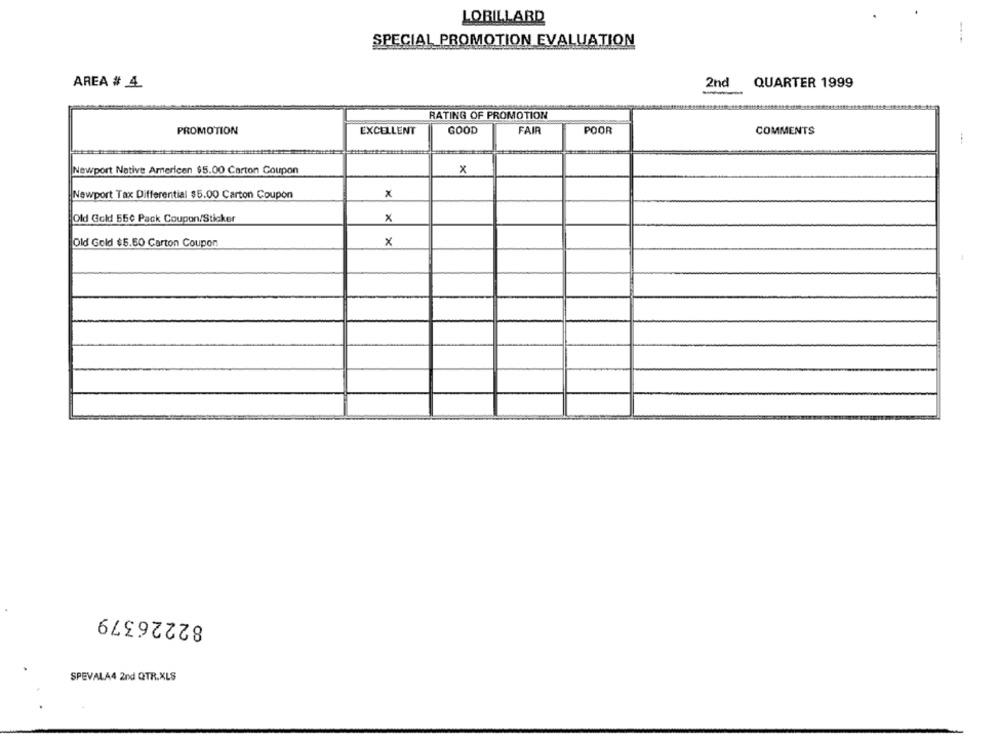
LOBILLARD
SPECIAL PROMOTION EVALUATION
AREA # 4
2nd
QUARTER 1999
RATING OF PROMOTION
PROMOTION
EXCELLENT
GOOD
FAIR
POOR
COMMENTS
Newport Native American $5.00 Carton Coupon
x
x
Newport Tax Differential $5.00 Carton Coupon
Old Gold 550 Pack Coupon/Sticker
×
Old Gold $5.50 Carton Coupon
x
82226379
SPEVALA4 2nd QTR.XLS